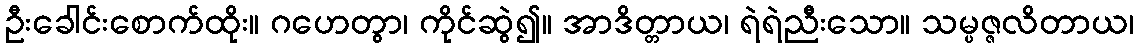
ဦးခေါင်းစောက်ထိုး။ ဂဟေတွာ၊ ကိုင်ဆွဲ၍။ အာဒိတ္တာယ၊ ရဲရဲညီးသော။ သမ္ပဇ္ဇလိတာယ၊